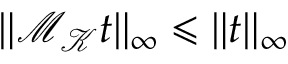
\| \mathcal { M } _ { \mathcal { K } } t \| _ { \infty } \leqslant \| t \| _ { \infty }